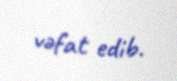
vəfat edib.